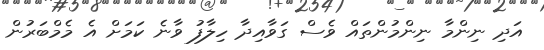
އަދި ނިންމާ ނިންމުންތައް ވެސް ގަވާއިދާ ހިލާފު ވާނެ ކަމަށް އެ މެމްބަރުން